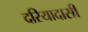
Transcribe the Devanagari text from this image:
दरियादासी